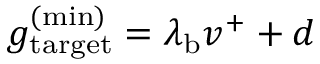
g _ { \mathrm { t a r g e t } } ^ { \mathrm { ( m i n ) } } = \lambda _ { \mathrm { b } } v ^ { + } + d